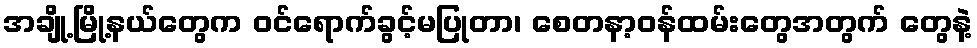
အချို့မြို့နယ်တွေက ဝင်ရောက်ခွင့်မပြုတာ၊ စေတနာ့ဝန်ထမ်းတွေအတွက် တွေနဲ့